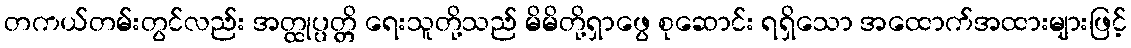
တကယ်တမ်းတွင်လည်း အတ္ထုပ္ပတ္တိ ရေးသူတို့သည် မိမိတို့ရှာဖွေ စုဆောင်း ရရှိသော အထောက်အထားများဖြင့်